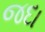
જદા